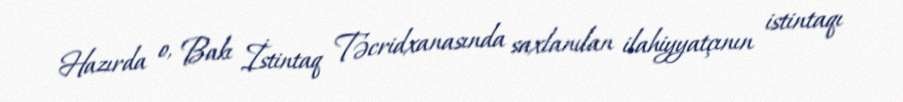
Hazırda o, Bakı İstintaq Təcridxanasında saxlanılan ilahiyyatçının istintaqı